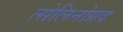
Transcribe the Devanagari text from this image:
त्सेलिनोग्रद